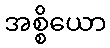
အစ္စိယော